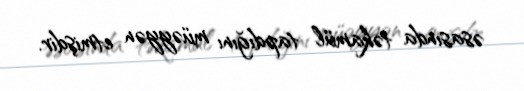
əsasında təkamül tapdığını müəyyən etmişdir.